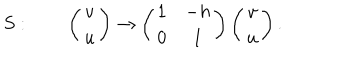
S : \qquad \left( \begin{matrix} { { v } } \\ { { u } } \\ \end{matrix} \right) \rightarrow \left( \begin{matrix} { { 1 } } & { { - h } } \\ { { 0 } } & { { 1 } } \\ \end{matrix} \right) \left( \begin{matrix} { { v } } \\ { { u } } \\ \end{matrix} \right) .